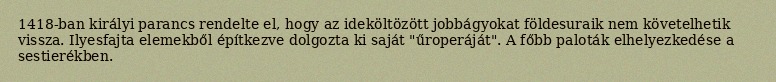
1418-ban királyi parancs rendelte el, hogy az ideköltözött jobbágyokat földesuraik nem követelhetik vissza. Ilyesfajta elemekből építkezve dolgozta ki saját "űroperáját". A főbb paloták elhelyezkedése a sestierékben.